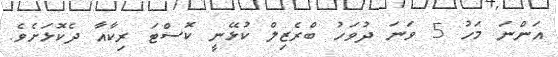
އަންނަ މަހު 5 ވަނަ ދުވަހު ބްރެޒިލް ކުޅޭނީ ކޮސްޓަ ރިކާއާ ދެކޮޅަށެވެ.